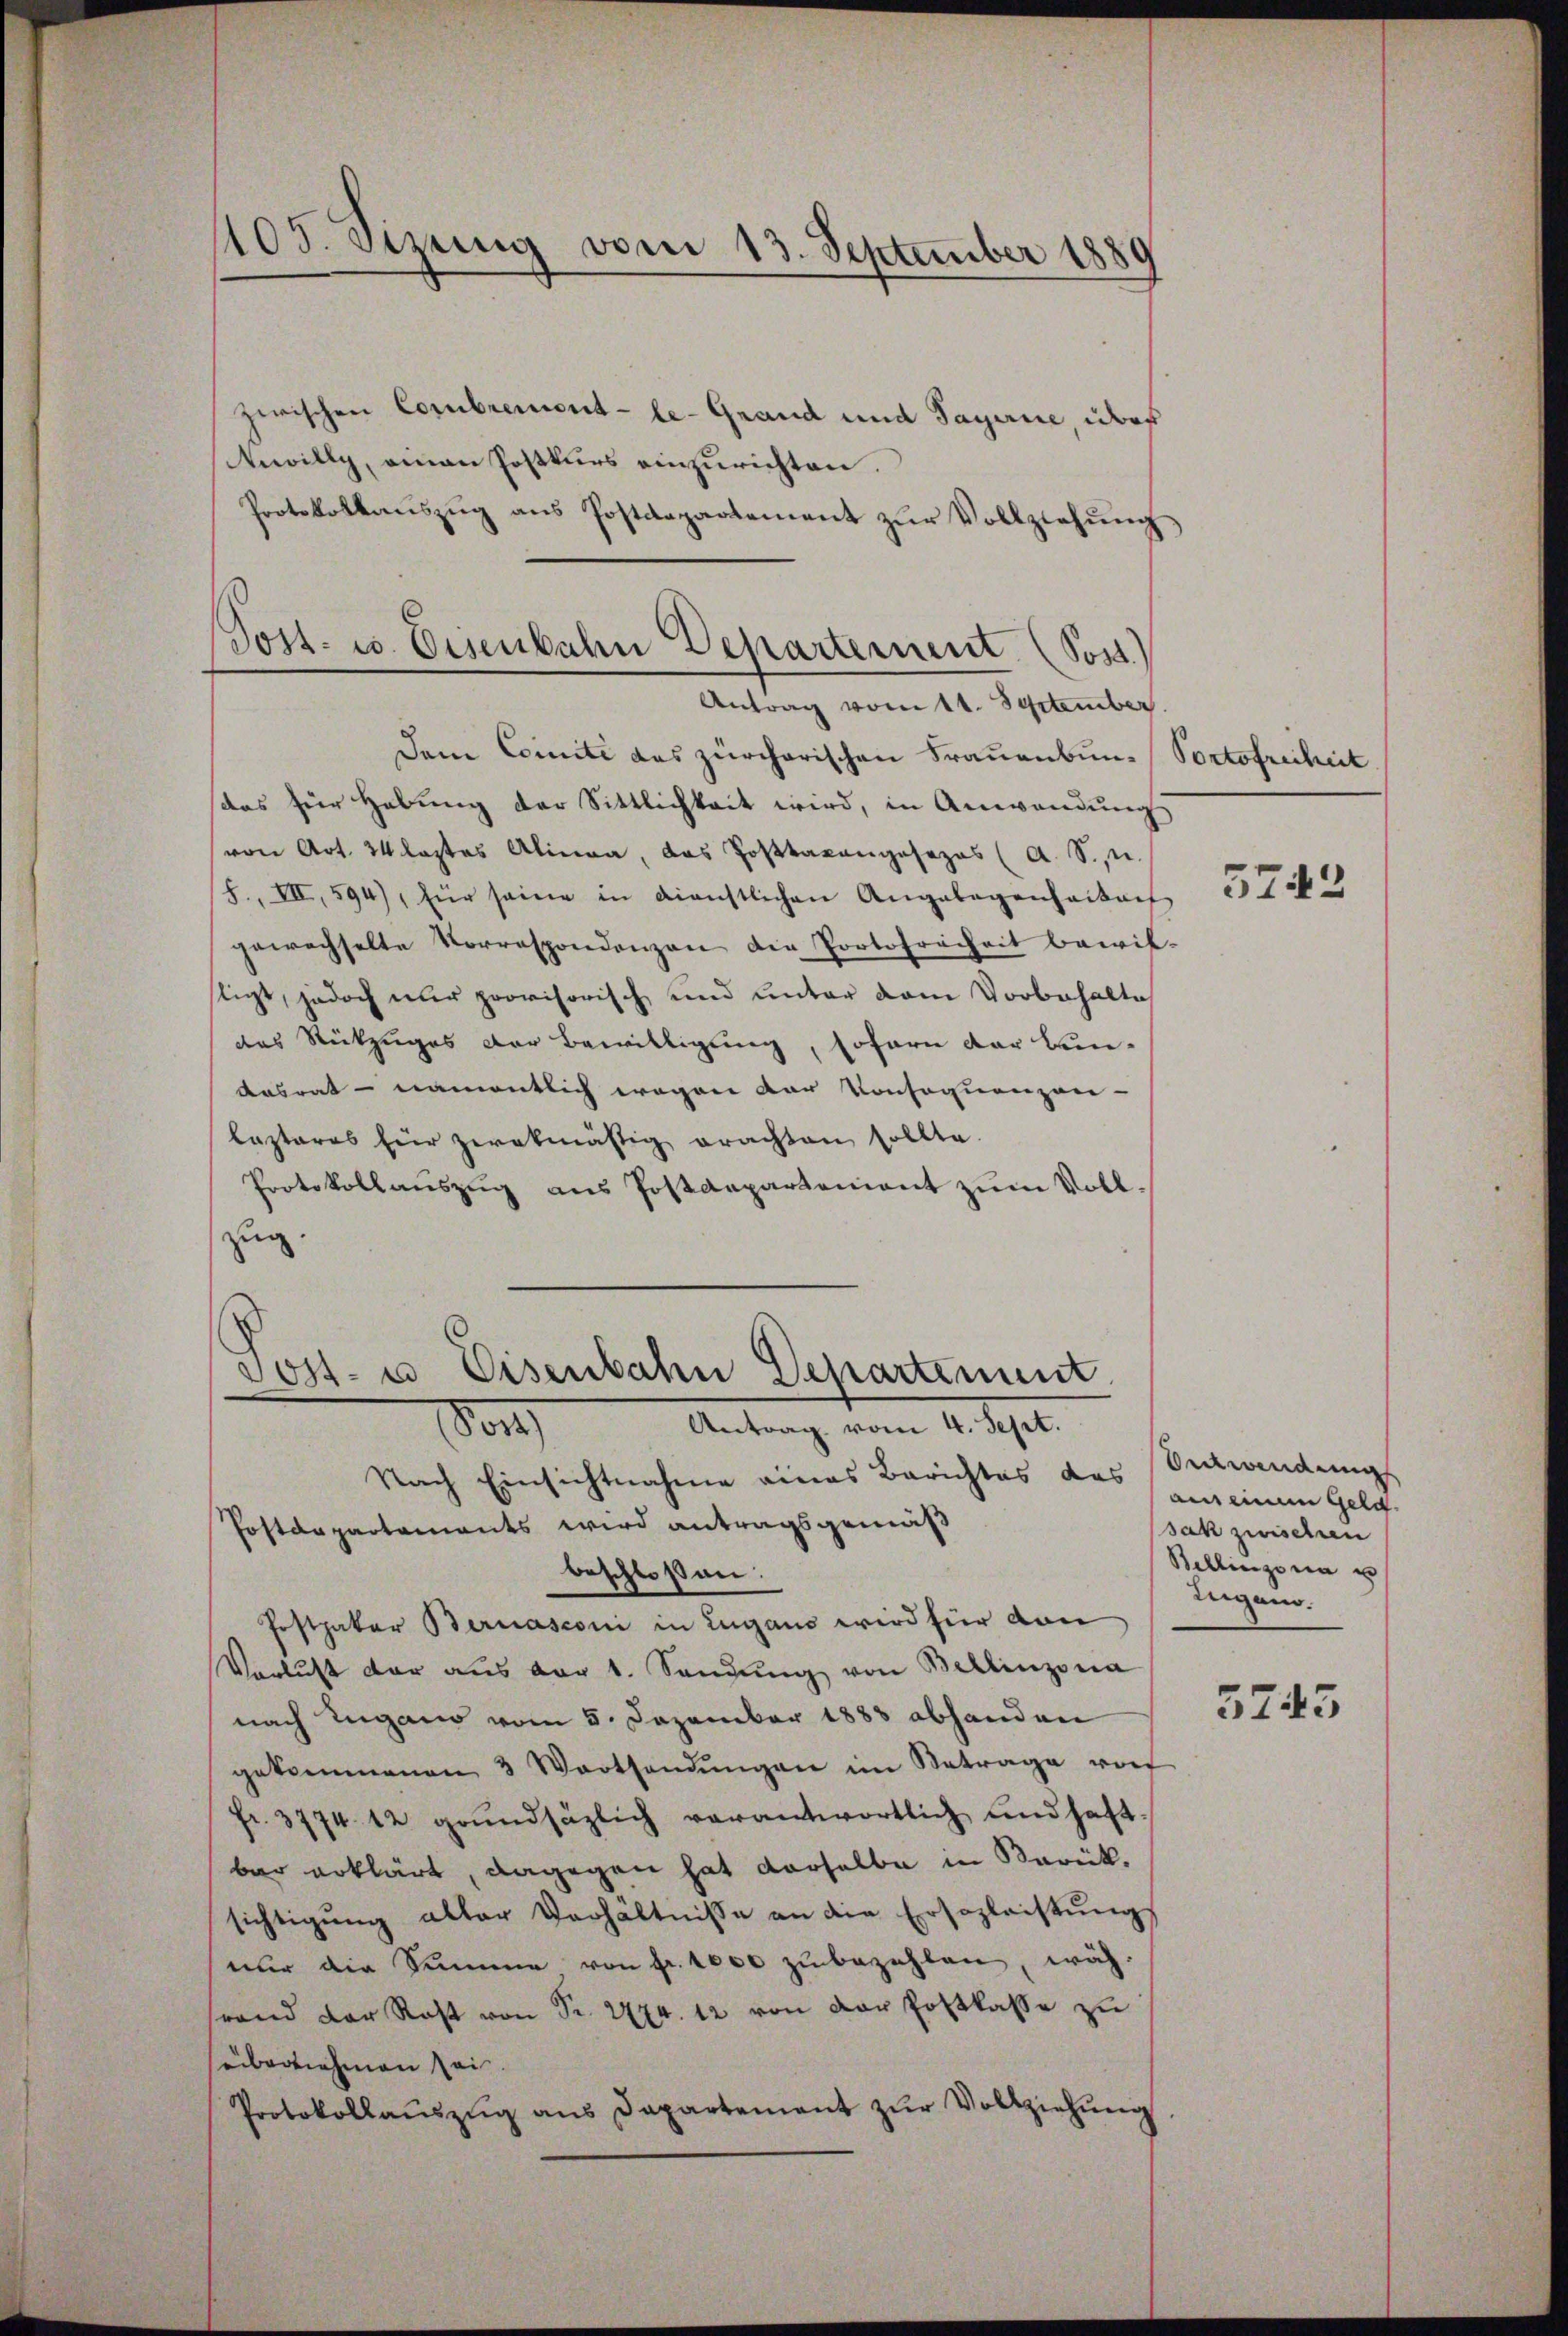
zwischen Combrement - le-Grand und Sagerie, über
Anwilly, einen Postkurs einzurichten.
Protokollauszug aus Postdepartement zur Vollziehung,
dem Comite das zürcherischen Frauenbun-Portofreiheit
das für Hebung der Sittlichkeit wird, in Anwendung
von Art. 24 leztes Alinea, das Posttaxangesezes (A. S., u.
h., VII, 594), für seine in dienstlichen Angelegenhaitach
gewachselte Vorrespondenzen die Portofreiheit bewil-
stigt, jedoch nur provisorisch und unter vom Vorbehalte
das Rückzuges der Bewilligung, sofern der Bun-
Aasrat - namentlich wegen der Konsequenzen-
lezteres für zwekmäßig erachten sollte.
Protokoll aŭszŭg ans Postdepartement zŭm Voll-
zug
Joss- u. Eisenbahn Departement

405. Sizung vom 13. September 1889

Nach Einsichtnahme eines Berichtes das
Postdepartaments wird antragsgemäß
beschloßen:
Postpaker Bernasconi in Lugano wird für von
Verlust der aus der 1. Sendŭng von Bellinzona
nach Zugano vom 5. Dezember 1883 abhanden
gekommenen 3 Worthandŭngen im Betrage vo
fr. 3774. 12 grŭndsäzlich verantwortlich und haft
bar erklärt, dagegen hat derselbe in Sarük.
sichtigŭng aller Verhältnisse an die Ersezleistŭng
nur die Summe von Fr. 1000 zu bezahlen, wäh-
srand der Rost von Fr. 274. 12 von der Postkasse zu
übernehmen sei.
Protokollaŭszŭg ans Departement zŭr Vollziehŭng

Post- u. Eisenbahn Departement (Sost.)
Antrag vom 11. September

800
Antrag vom 4. Sept.

5743

Entwendung
aus einem Geld.
sak zwischen
Bellinzona u
Zugano.

5743